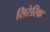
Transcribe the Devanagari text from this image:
सिरेरिक